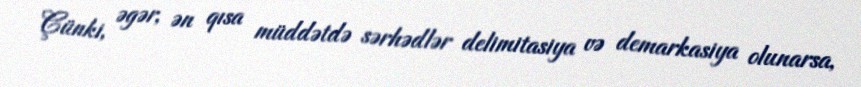
Çünki, əgər, ən qısa müddətdə sərhədlər delimitasiya və demarkasiya olunarsa,